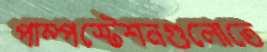
পাম্পস্টেশনগুলোতে